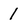
Character: 1